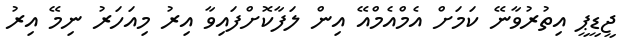
ޖީޑީޕީ އިތުރުވާނޭ ކަމަށް އެމްއެމްއޭ އިން ލަފާކޮށްފައިވާ އިރު މިއަހަރު ނިމޭ އިރު